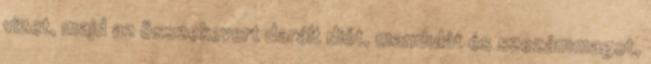
vizet, majd az összekevert darált diót, mandulát és szezámmagot,